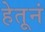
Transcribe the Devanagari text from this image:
हेतूनं